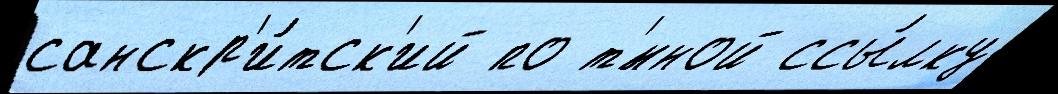
санскр'и́тск'ий по т'́мной ссы́лку